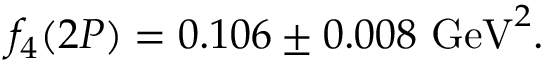
f _ { 4 } ( 2 P ) = 0 . 1 0 6 \pm 0 . 0 0 8 ~ \mathrm { G e V } ^ { 2 } .